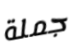
جملة